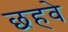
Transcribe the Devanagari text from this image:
छहवे